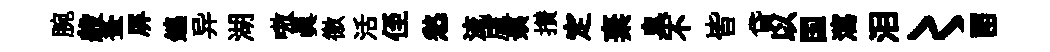
腕般蚤屏鑣异湖嗷真徼活侄愁流盧姨攅定棄臬不皆貸以国瀉泪〻㽞